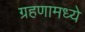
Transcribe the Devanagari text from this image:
ग्रहणामध्ये